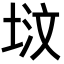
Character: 𪣢